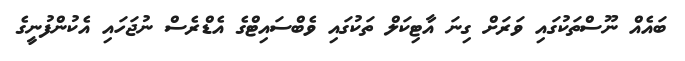
ބައެއް ނޫސްތަކުގައި ވަރަށް ގިނަ އާޓިކަލް ތަކުގައި ވެބްސައިޓްގެ އެޑްރެސް ނުޖަހައި އެކުންފުނީގެ